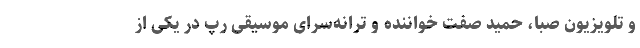
و تلویزیون صبا، حمید صفت خواننده و ترانه‌سرای موسیقی رپ در یکی از